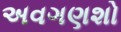
અવગણશો